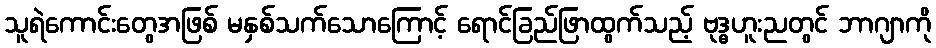
သူရဲကောင်းတွေအဖြစ် မနှစ်သက်သောကြောင့် ရောင်ခြည်ဖြာထွက်သည့် ဗုဒ္ဓဟူးညတွင် ဘာဂျာကို